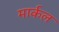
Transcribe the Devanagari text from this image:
मार्कल